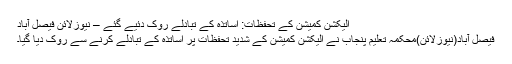
الیکشن کمیشن کے تحفظات: اساتذہ کے تبادلے روک دئیے گئے – نیوزلائن فیصل آباد
فیصل آباد(نیوزلائن)محکمہ تعلیم پنجاب نے الیکشن کمیشن کے شدید تحفظات پر اساتذہ کے تبادلے کرنے سے روک دیا گیا۔